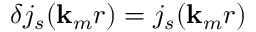
\delta j _ { s } ( { \bf { k } } _ { m } r ) = j _ { s } ( { \bf { k } } _ { m } r )